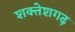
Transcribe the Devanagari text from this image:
शक्तेशगढ़